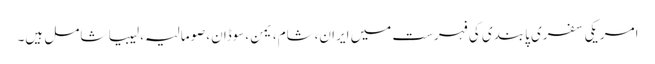
امریکی سفری پابندی کی فہرست میں ایران،شام،یمن،سوڈان،صومالیہ،لیبیا شامل ہیں۔